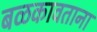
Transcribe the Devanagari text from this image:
बळकावताना